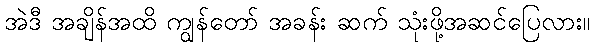
အဲဒီ အချိန်အထိ ကျွန်တော် အခန်း ဆက် သုံးဖို့အဆင်ပြေလား။